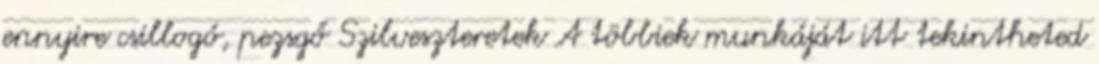
ennyire csillogó, pezsgő Szilveszteretek A többiek munkáját itt tekintheted